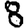
Digit: 8